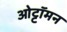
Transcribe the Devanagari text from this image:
ओट्टॉमन